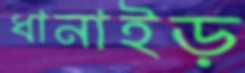
ধানাইড়